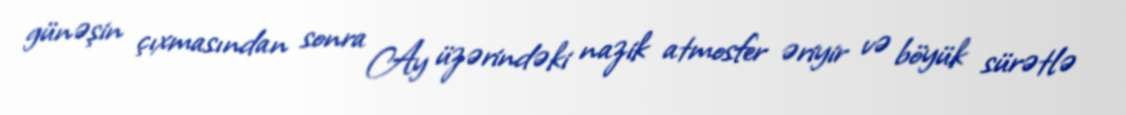
günəşin çıxmasından sonra Ay üzərindəki nazik atmosfer əriyir və böyük sürətlə